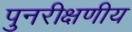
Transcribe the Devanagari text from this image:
पुनरीक्षणीय